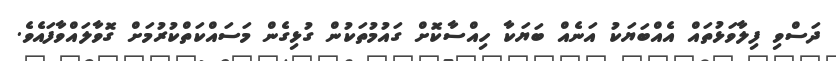
ދަސްވި ފިލާވަޅުތައް އެއްބަޔަކު އަނެއް ބަޔަކާ ހިއްސާކޮށް ގައުމުތަކުން ގުޅިގެން މަސައްކަތްކުރުމަށް ގޮވާލައްވާފައެވެެ.